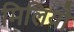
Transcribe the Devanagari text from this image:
मिलियौ